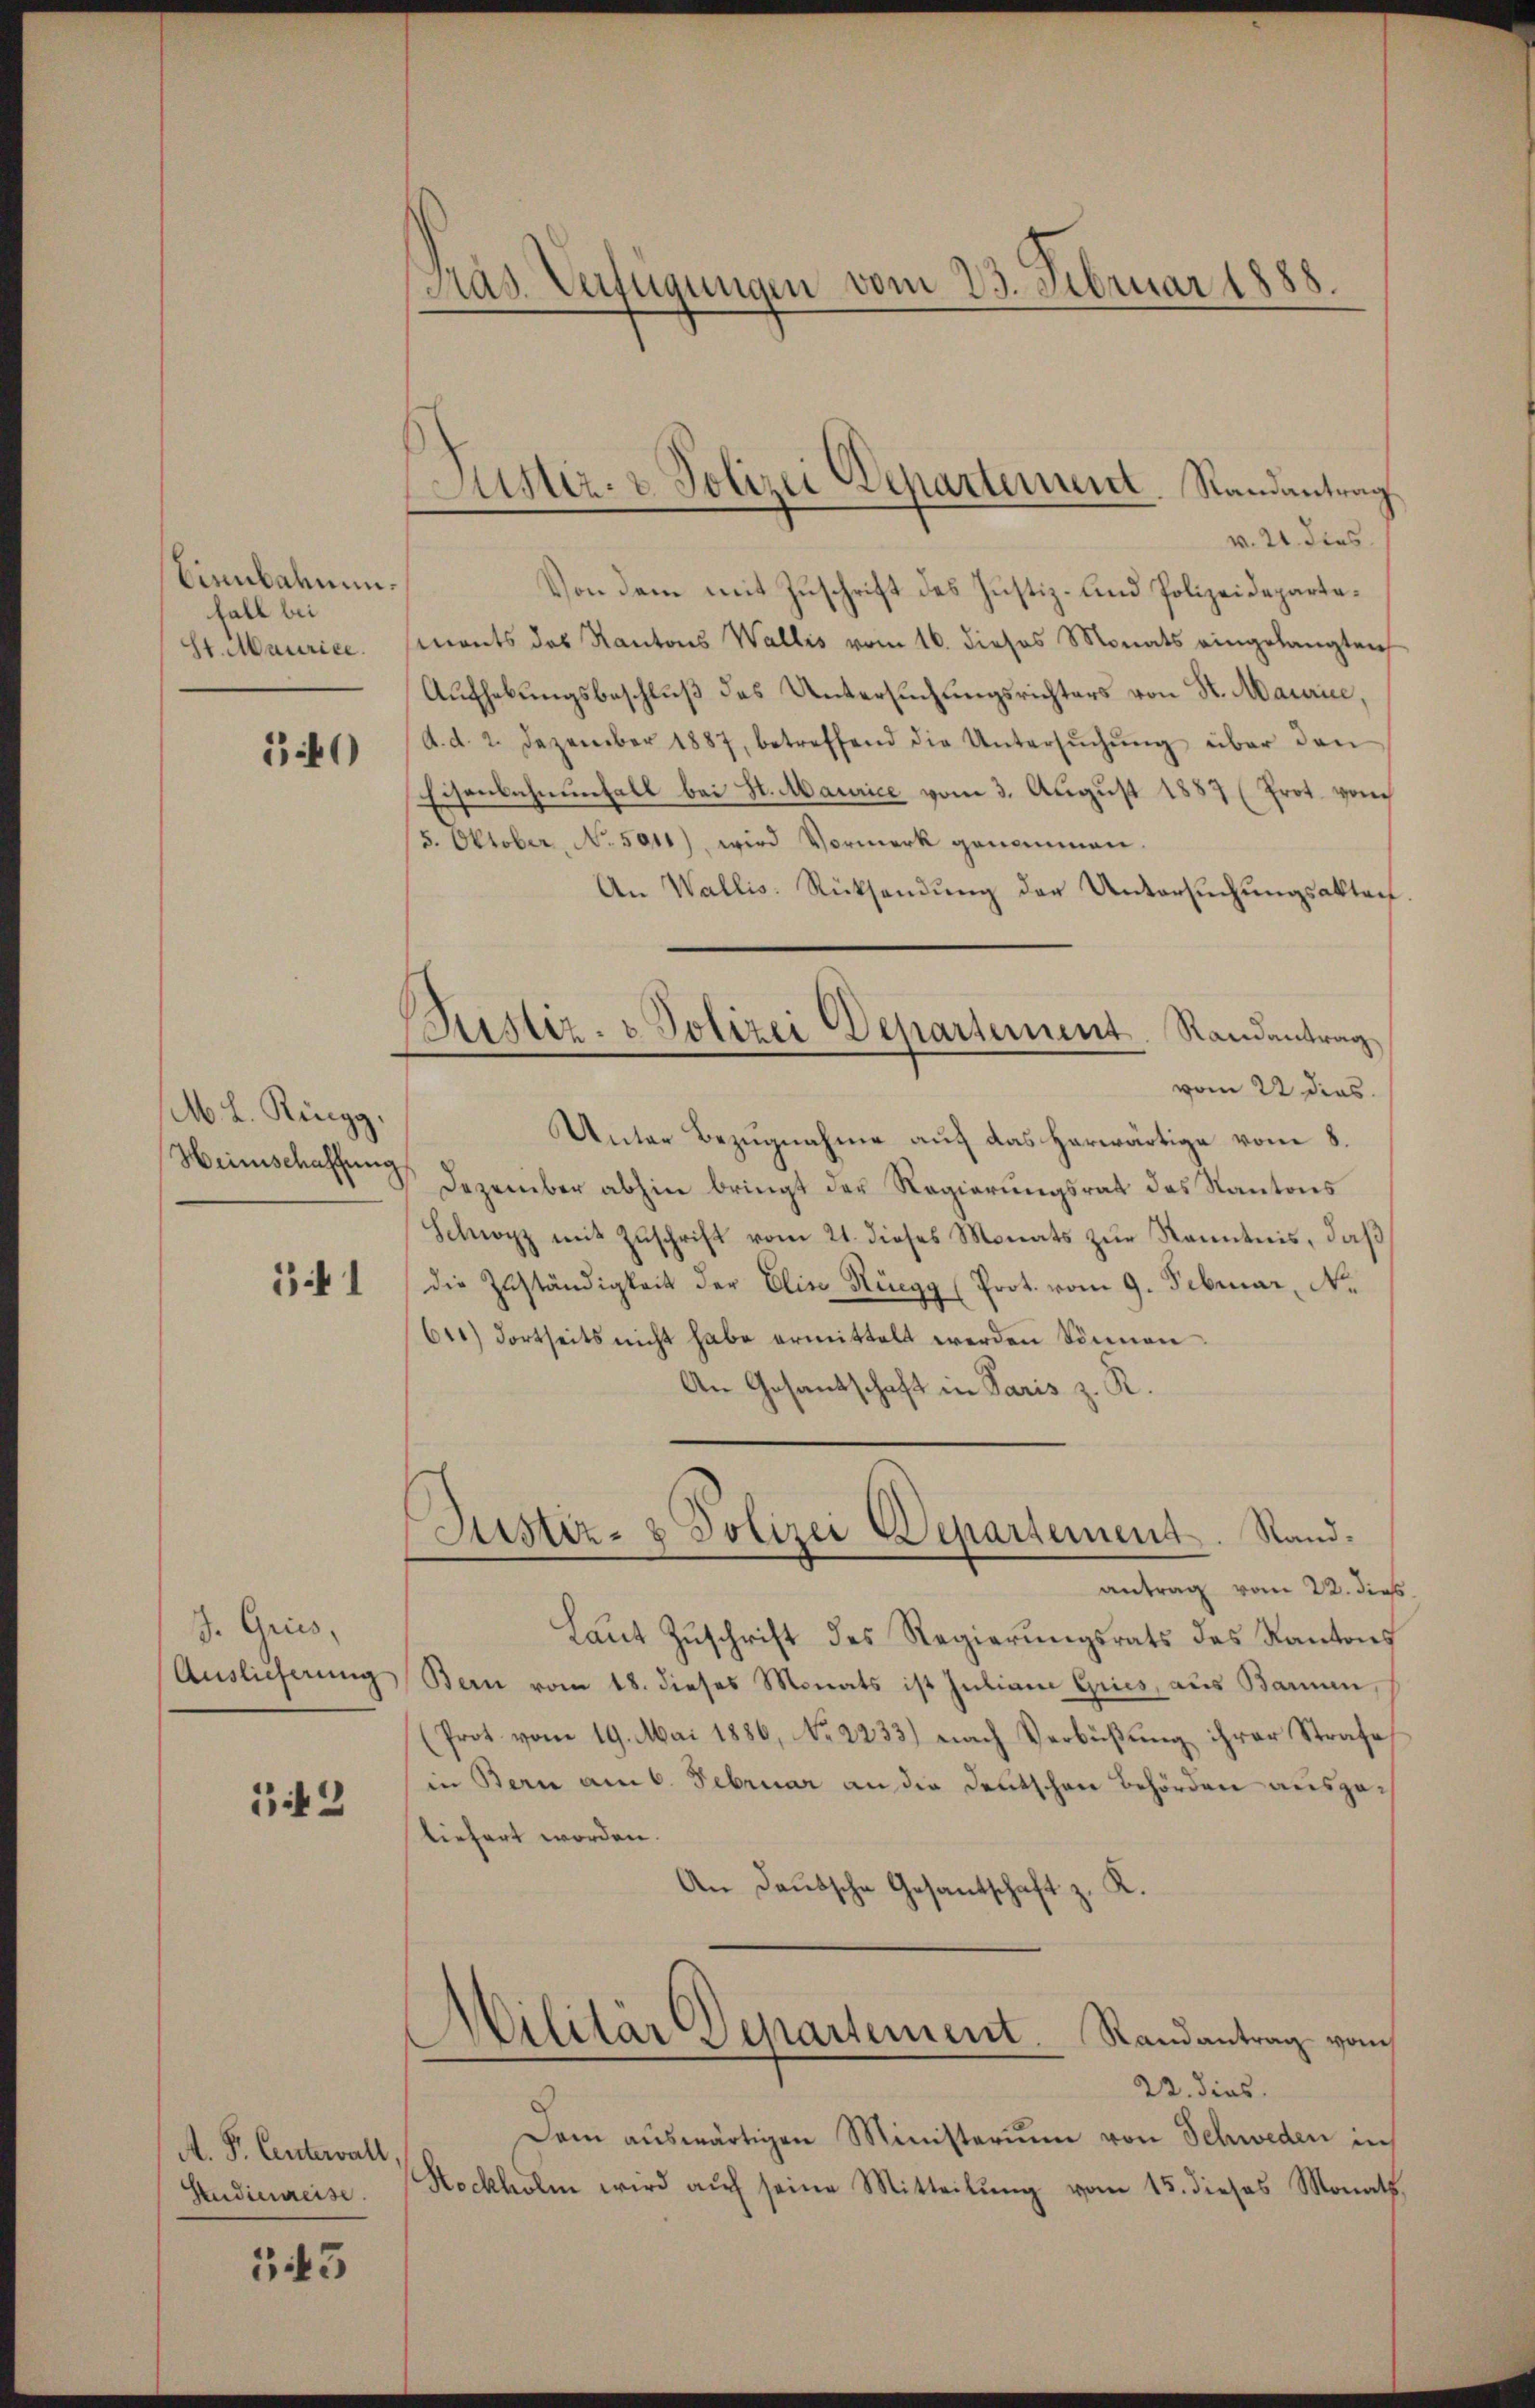
Vienbahnen.
fall bei
St. Maurice.

10

M. L. Ringg.

341

J. Gries,
Auslieferung

1443

A. P. Centerwalt
Studienreise.

143

Gras. Verfügungen vom 23. Februar 1888.

Justiz- & Polizei Departement. Randantrag

Justiz- & Polizei Departement. Randantrag

v. 21. dens.
Von dem mit Zuschrift des Justiz- und Polizeidepartesments des Kantons Wallis vom 16. dieses Monats eingelangten
Aufhebungsbeschluß des Untersuchungsrichters von St. Maurice,
d. d. 2. Dezember 1887, betreffend die Untersŭchŭng über den
Eisenbahnenfall bei St. Maurice vom 3. August 1887 (Prot. vom
/5. Oktober, No. 5011), wird Vormerk genommen.
An Wallis Rücksendung der Untersuchungsakten
vom 22 dies
Unter Bezugnahme auf das herwärtige vom 8.
Heimschaffung Dezember abhin bringt der Regierungsrat das Kantons
Schwyz mit Zŭschrift vom 21. dieses Monats zur Kenntnis, daß
die Zuständigkeit der Elisa Rüegg (Prot. vom 9. Februar, No.
611) dortseits nicht habe ermittelt werden können.
An Gesandschaft in Paris z. R.
Justiz- & Polizei Departement. Randantrag vom 22. dies
Laŭt Zŭschrift des Regierŭngsrats des Kantons
Bern vom 18. dieses Monats ist Juliana Gries, aus Baren,
(Prot. vom 19. Mai 1886, No 2233) nach Verbüßung ihrer Strafe
in Bern am 6. Februar an die Deutschen Behörden ausgeliefert worden.
An Deutsche Gesantschaft z. K.
.
Pilitar Separtement. Randantrag vom
22. dies
Dam auswärtigen Ministerium von Schweden in
Stockholm wird auf seine Mitteilung vom 15. dieses Monath,